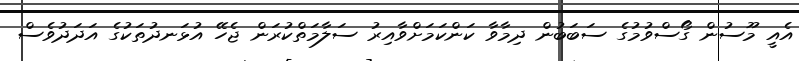
އެއީ މޫސުން ގޯސްވުމުގެ ސަބަބުން ދިމާވާ ކަންކަމަށްވާއިރު ސަލާމަތްކުރަން ޖެހޭ އުޅަނދުތަކުގެ އަދަދުވެސް